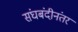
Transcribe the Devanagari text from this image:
संघबंदीनंतर